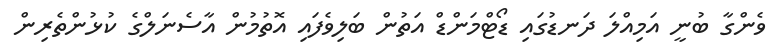
ވެންގާ ބުނީ އަމިއްލަ ދަނޑުގައި ޑޯޓްމަންޑް އަތުން ބަލިވެފައި އޮތުމުން އާސެނަލްގެ ކުޅުންތެރިން